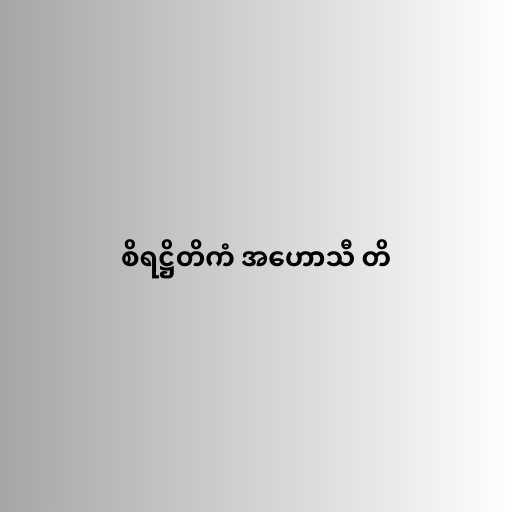
စိရဋ္ဌိတိကံ အဟောသီ တိ